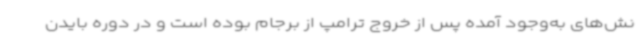
نش‌های به‌وجود آمده پس از خروج ترامپ از برجام بوده است و در دوره بایدن